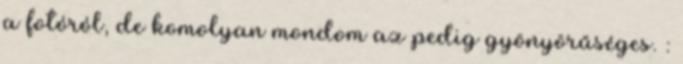
a fotóról, de komolyan mondom az pedig gyönyörűséges. :